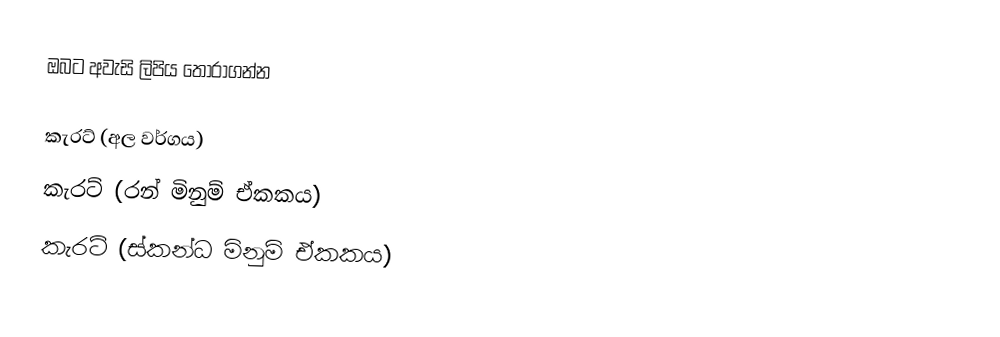
ඔබට අවැසි ලිපිය තෝරාගන්න

කැරට් (අල වර්ගය)
කැරට් (රන් මිනුම් ඒකකය)
කැරට් (ස්කන්ධ මිනුම් ඒකකය)